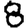
Digit: 8